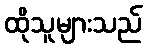
ထိုသူများသည်